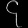
Digit: ၄